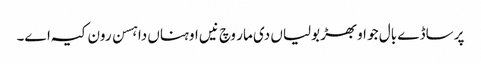
پر ساڈے بال جو اوبھڑ بولیاں دی مار وچ نیں اوہناں دا ہسن رون کیہ اے۔